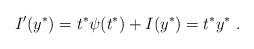
LaTeX: \begin{align*}I'(y^*)=t^* \psi(t^*)+I(y^*)=t^*y^*\ .\end{align*}